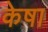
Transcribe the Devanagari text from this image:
केषा